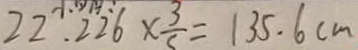
2 2 . 2 2 6 \times \frac { 3 } { 5 } = 1 3 5 . 6 c m